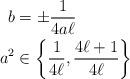
LaTeX: \begin{align*}b &= \pm \frac{1}{4 a \ell} \\a^2 &\in \left\{ \frac{1}{4 \ell}, \frac{4 \ell + 1}{4 \ell} \right\}\end{align*}